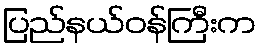
ပြည်နယ်ဝန်ကြီးက